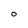
Character: 0